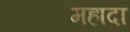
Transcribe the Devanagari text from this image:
महादा